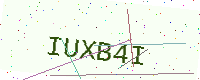
Text: IUXB4I